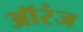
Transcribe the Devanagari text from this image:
ऑरंज